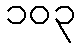
၁၀၃